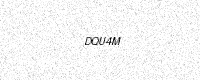
Text: DQU4M